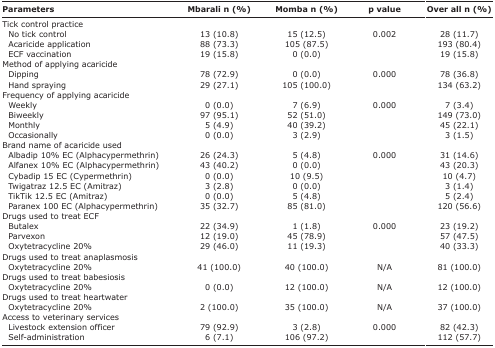
<table><thead><tr><td><b>Parameters</b></td><td><b>Mbarali n (%)</b></td><td><b>Momba n (%)</b></td><td><b>p value</b></td><td><b>Over all n (%)</b></td></tr></thead><tbody><tr><td>Tick control practice</td><td></td><td></td><td></td><td></td></tr><tr><td> No tick control</td><td>13 (10.8)</td><td>15 (12.5)</td><td>0.002</td><td>28 (11.7)</td></tr><tr><td> Acaricide application</td><td>88 (73.3)</td><td>105 (87.5)</td><td></td><td>193 (80.4)</td></tr><tr><td> ECF vaccination</td><td>19 (15.8)</td><td>0 (0.0)</td><td></td><td>19 (15.8)</td></tr><tr><td>Method of applying acaricide</td><td></td><td></td><td></td><td></td></tr><tr><td> Dipping</td><td>78 (72.9)</td><td>0 (0.0)</td><td>0.000</td><td>78 (36.8)</td></tr><tr><td> Hand spraying</td><td>29 (27.1)</td><td>105 (100.0)</td><td></td><td>134 (63.2)</td></tr><tr><td>Frequency of applying acaricide</td><td></td><td></td><td></td><td></td></tr><tr><td> Weekly</td><td>0 (0.0)</td><td>7 (6.9)</td><td>0.000</td><td>7 (3.4)</td></tr><tr><td> Biweekly</td><td>97 (95.1)</td><td>52 (51.0)</td><td></td><td>149 (73.0)</td></tr><tr><td> Monthly</td><td>5 (4.9)</td><td>40 (39.2)</td><td></td><td>45 (22.1)</td></tr><tr><td> Occasionally</td><td>0 (0.0)</td><td>3 (2.9)</td><td></td><td>3 (1.5)</td></tr><tr><td>Brand name of acaricide used</td><td></td><td></td><td></td><td></td></tr><tr><td> Albadip 10% EC (Alphacypermethrin)</td><td>26 (24.3)</td><td>5 (4.8)</td><td>0.000</td><td>31 (14.6)</td></tr><tr><td> Alfanex 10% EC (Alphacypermethrin)</td><td>43 (40.2)</td><td>0 (0.0)</td><td></td><td>43 (20.3)</td></tr><tr><td> Cybadip 15 EC (Cypermethrin)</td><td>0 (0.0)</td><td>10 (9.5)</td><td></td><td>10 (4.7)</td></tr><tr><td> Twigatraz 12.5 EC (Amitraz)</td><td>3 (2.8)</td><td>0 (0.0)</td><td></td><td>3 (1.4)</td></tr><tr><td> TikTik 12.5 EC (Amitraz)</td><td>0 (0.0)</td><td>5 (4.8)</td><td></td><td>5 (2.4)</td></tr><tr><td> Paranex 100 EC (Alphacypermethrin)</td><td>35 (32.7)</td><td>85 (81.0)</td><td></td><td>120 (56.6)</td></tr><tr><td>Drugs used to treat ECF</td><td></td><td></td><td></td><td></td></tr><tr><td> Butalex</td><td>22 (34.9)</td><td>1 (1.8)</td><td>0.000</td><td>23 (19.2)</td></tr><tr><td> Parvexon</td><td>12 (19.0)</td><td>45 (78.9)</td><td></td><td>57 (47.5)</td></tr><tr><td> Oxytetracycline 20%</td><td>29 (46.0)</td><td>11 (19.3)</td><td></td><td>40 (33.3)</td></tr><tr><td>Drugs used to treat anaplasmosis</td><td></td><td></td><td></td><td></td></tr><tr><td> Oxytetracycline 20%</td><td>41 (100.0)</td><td>40 (100.0)</td><td>N/A</td><td>81 (100.0)</td></tr><tr><td>Drugs used to treat babesiosis</td><td></td><td></td><td></td><td></td></tr><tr><td> Oxytetracycline 20%</td><td>0 (0.0)</td><td>12 (100.0)</td><td>N/A</td><td>12 (100.0)</td></tr><tr><td>Drugs used to treat heartwater</td><td></td><td></td><td></td><td></td></tr><tr><td> Oxytetracycline 20%</td><td>2 (100.0)</td><td>35 (100.0)</td><td>N/A</td><td>37 (100.0)</td></tr><tr><td>Access to veterinary services</td><td></td><td></td><td></td><td></td></tr><tr><td> Livestock extension officer</td><td>79 (92.9)</td><td>3 (2.8)</td><td>0.000</td><td>82 (42.3)</td></tr><tr><td> Selfadministration</td><td>6 (7.1)</td><td>106 (97.2)</td><td></td><td>112 (57.7)</td></tr></tbody></table>